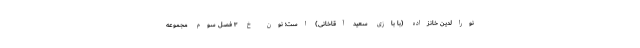
نورالدین خانزاده (با بازی سعید آقاخانی) است؛ نون خ ۳ فصل سوم مجموعه